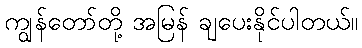
ကျွန်တော်တို့ အမြန် ချပေးနိုင်ပါတယ်။